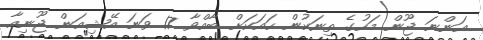
އަންނަ ޖޫން މަހުގެ ތިނަކުން ހައަކަށް ބާއްވާ 17 ވަނަ އޭޝިއަން ޖޫނިއާ